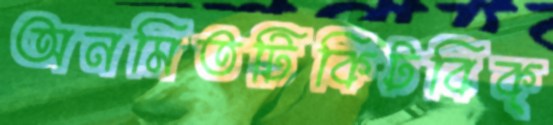
অনমিতটিকিটবিক্